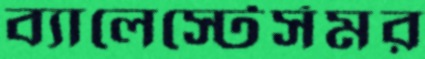
ব্যালেস্টের্সমর